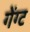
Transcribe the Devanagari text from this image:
गेंग्ट